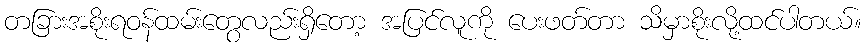
တခြားအစိုးရဝန်ထမ်းတွေလည်းရှိတော့ အပြင်လူကို ပေးဖတ်တာ သိမှာစိုးလို့ထင်ပါတယ်။